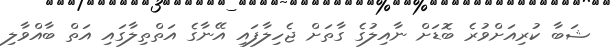
ޝަބާ ކުރިއަށްވުރެ ބޮޑަށް ނާއިލުގެ ގާތަށް ޖެހިލާފައި އޭނާގެ އަތްތިލާގައި އަތް ބާއްވާލި